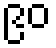
၉၀